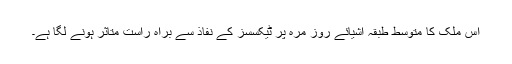
اس ملک کا متوسط طبقہ اشیائے روز مرہ پر ٹیکسسز کے نفاذ سے براہ راست متاثر ہونے لگا ہے۔